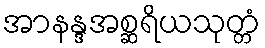
အာနန္ဒအစ္ဆရိယသုတ္တံ